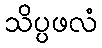
သိပ္ပဖလံ